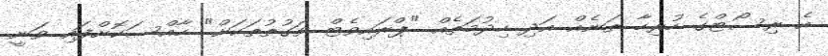
އެ ރިސޯޓްގެ ހުރިހާ ތަނެއް އަދި ހިދުމަތެއް "ޕްރައިވެޓް ވަގުތުތަކަށް" ހާއްސަކޮށްފައި ވަނީ